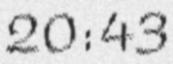
20:43